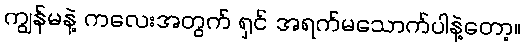
ကျွန်မနဲ့ ကလေးအတွက် ရှင် အရက်မသောက်ပါနဲ့တော့။